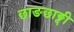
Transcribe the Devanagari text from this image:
छाङछाङ्दी